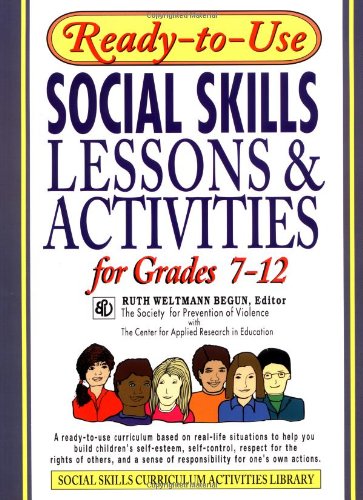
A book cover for Ready-to-Use Social Skills Lessons & Activities for Grades 7-12; Education & Teaching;